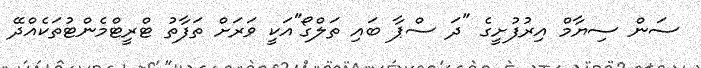
ސަން ސިޔާމް އިރުފުށީގެ "ދަ ސްޕާ ބައި ތަލްގޯ"އަކީ ވަރަށް ތަފާތު ޓްރީޓްމެންޓުތަކެއްދޭ